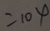
= 1 0 4